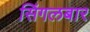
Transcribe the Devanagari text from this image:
सिंगलबार